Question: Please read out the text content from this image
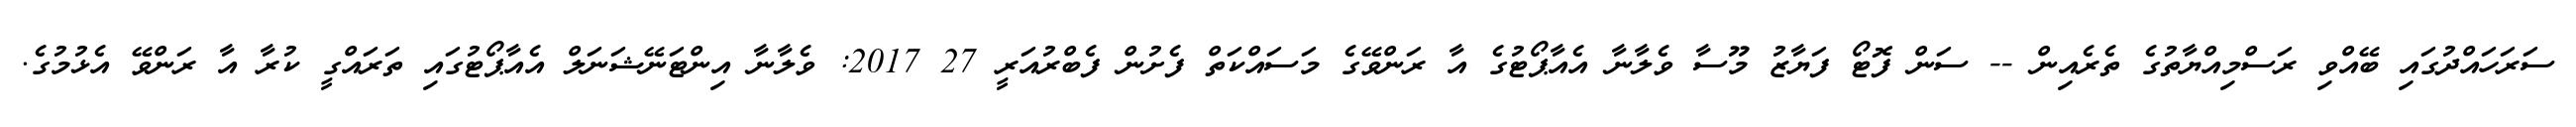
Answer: ސަރަހައްދުގައި ބޭއްވި ރަސްމިއްޔާތުގެ ތެރެއިން -- ސަން ފޮޓޯ ފަޔާޒު މޫސާ ވެލާނާ އެއާޕޯޓުގެ އާ ރަންވޭގެ މަސައްކަތް ފެށުން ފެބްރުއަރީ 27 2017: ވެލާނާ އިންޓަނޭޝަނަލް އެއާޕޯޓުގައި ތަރައްގީ ކުރާ އާ ރަންވޭ އެޅުމުގެ.